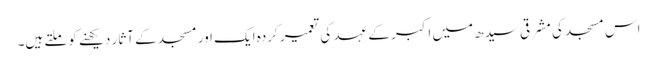
اس مسجد کی مشرقی سیدھ میں اکبر کے عہد کی تعمیر کردہ ایک اور مسجد کے آثار دیکھنے کو ملتے ہیں۔